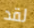
لقد